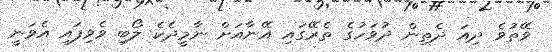
ވޭތުވެ ދިއަ ދެތިން ދުވަހުގެ ތެރޭގައި އޭނާއަށް ނާމީދެކެ ލޯބި ވެވިފައި އެވަނީ